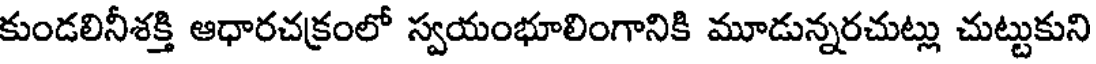
కుండలినీశక్తి ఆధారచక్రంలో స్వయంభూలింగానికి మూడున్నరచుట్లు చుట్టుకుని